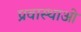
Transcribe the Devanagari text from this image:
प्रवास्थाओ